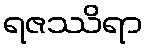
ရဇဿိရာ